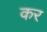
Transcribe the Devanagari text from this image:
कर